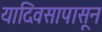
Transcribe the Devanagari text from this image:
यादिवसापासून